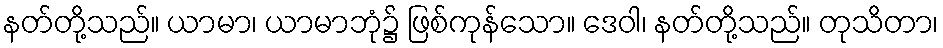
နတ်တို့သည်။ ယာမာ၊ ယာမာဘုံ၌ ဖြစ်ကုန်သော။ ဒေဝါ၊ နတ်တို့သည်။ တုသိတာ၊